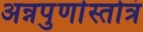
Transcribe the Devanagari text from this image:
अन्नपुर्णास्तोत्रं